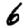
Digit: 6